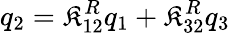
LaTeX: q_{2}=\mathfrak{K}_{12}^{R}q_{1}+\mathfrak{K}_{32}^{R}q_{3}